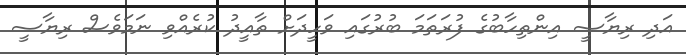
އަދި ރިޔާސީ އިންތިހާބުގެ ފުރަތަމަ ބުރުގައި ވަހީދަށް ތާއީދު ކުރެއްވި ނަމަވެސް ރިޔާސީ